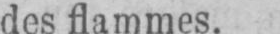
des flammes.